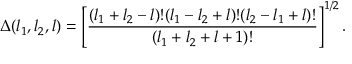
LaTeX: \Delta ( l _ { 1 } , l _ { 2 } , l ) = \left[ { \frac { ( l _ { 1 } + l _ { 2 } - l ) ! ( l _ { 1 } - l _ { 2 } + l ) ! ( l _ { 2 } - l _ { 1 } + l ) ! } { ( l _ { 1 } + l _ { 2 } + l + 1 ) ! } } \right] ^ { 1 / 2 } .